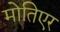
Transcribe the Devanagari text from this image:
मोतिएर